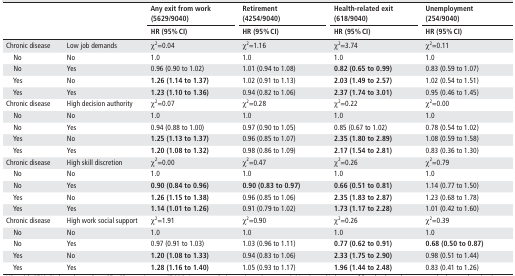
<table><thead><tr><td rowspan="2"></td><td rowspan="2"></td><td><b>Any exit from work (5629/9040)</b></td><td><b>Retirement (4254/9040)</b></td><td><b>Health-related exit (618/9040)</b></td><td><b>Unemployment (254/9040)</b></td></tr><tr><td><b>HR (95% CI)</b></td><td><b>HR (95% CI)</b></td><td><b>HR (95% CI)</b></td><td><b>HR (95% CI)</b></td></tr></thead><tbody><tr><td>Chronic disease</td><td>Low job demands</td><td>χ<sup>2</sup>=0.04</td><td>χ<sup>2</sup>=1.16</td><td>χ<sup>2</sup>=3.74</td><td>χ<sup>2</sup>=0.11</td></tr><tr><td> No</td><td>No</td><td>1.0</td><td>1.0</td><td>1.0</td><td>1.0</td></tr><tr><td> No</td><td>Yes</td><td>0.96 (0.90 to 1.02)</td><td>1.01 (0.94 to 1.08)</td><td><b>0.82 (0.65 to 0.99)</b></td><td>0.83 (0.59 to 1.07)</td></tr><tr><td> Yes</td><td>No</td><td><b>1.26 (1.14 to 1.37)</b></td><td>1.02 (0.91 to 1.13)</td><td><b>2.03 (1.49 to 2.57)</b></td><td>1.02 (0.54 to 1.51)</td></tr><tr><td> Yes</td><td>Yes</td><td><b>1.23 (1.10 to 1.36)</b></td><td>0.94 (0.82 to 1.06)</td><td><b>2.37 (1.74 to 3.01)</b></td><td>0.95 (0.46 to 1.45)</td></tr><tr><td>Chronic disease</td><td>High decision authority</td><td>χ<sup>2</sup>=0.07</td><td>χ<sup>2</sup>=0.28</td><td>χ<sup>2</sup>=0.22</td><td>χ<sup>2</sup>=0.00</td></tr><tr><td> No</td><td>No</td><td>1.0</td><td>1.0</td><td>1.0</td><td>1.0</td></tr><tr><td> No</td><td>Yes</td><td>0.94 (0.88 to 1.00)</td><td>0.97 (0.90 to 1.05)</td><td>0.85 (0.67 to 1.02)</td><td>0.78 (0.54 to 1.02)</td></tr><tr><td> Yes</td><td>No</td><td><b>1.25 (1.13 to 1.37)</b></td><td>0.96 (0.85 to 1.07)</td><td><b>2.35 (1.80 to 2.89)</b></td><td>1.08 (0.59 to 1.58)</td></tr><tr><td> Yes</td><td>Yes</td><td><b>1.20 (1.08 to 1.32)</b></td><td>0.98 (0.86 to 1.09)</td><td><b>2.17 (1.54 to 2.81)</b></td><td>0.83 (0.36 to 1.30)</td></tr><tr><td>Chronic disease</td><td>High skill discretion</td><td>χ<sup>2</sup>=0.00</td><td>χ<sup>2</sup>=0.47</td><td>χ<sup>2</sup>=0.26</td><td>χ<sup>2</sup>=0.79</td></tr><tr><td> No</td><td>No</td><td>1.0</td><td>1.0</td><td>1.0</td><td>1.0</td></tr><tr><td> No</td><td>Yes</td><td><b>0.90 (0.84 to 0.96)</b></td><td><b>0.90 (0.83 to 0.97)</b></td><td><b>0.66 (0.51 to 0.81)</b></td><td>1.14 (0.77 to 1.50)</td></tr><tr><td> Yes</td><td>No</td><td><b>1.26 (1.15 to 1.38)</b></td><td>0.96 (0.85 to 1.06)</td><td><b>2.35 (1.83 to 2.87)</b></td><td>1.23 (0.68 to 1.78)</td></tr><tr><td> Yes</td><td>Yes</td><td><b>1.14 (1.01 to 1.26)</b></td><td>0.91 (0.79 to 1.02)</td><td><b>1.73 (1.17 to 2.28)</b></td><td>1.01 (0.42 to 1.60)</td></tr><tr><td>Chronic disease</td><td>High work social support</td><td>χ<sup>2</sup>=1.91</td><td>χ<sup>2</sup>=0.90</td><td>χ<sup>2</sup>=0.26</td><td>χ<sup>2</sup>=0.39</td></tr><tr><td> No</td><td>No</td><td>1.0</td><td>1.0</td><td>1.0</td><td>1.0</td></tr><tr><td> No</td><td>Yes</td><td>0.97 (0.91 to 1.03)</td><td>1.03 (0.96 to 1.11)</td><td><b>0.77 (0.62 to 0.91)</b></td><td><b>0.68 (0.50 to 0.87)</b></td></tr><tr><td> Yes</td><td>No</td><td><b>1.20 (1.08 to 1.33)</b></td><td>0.94 (0.83 to 1.06)</td><td><b>2.33 (1.75 to 2.90)</b></td><td>0.98 (0.51 to 1.44)</td></tr><tr><td> Yes</td><td>Yes</td><td><b>1.28 (1.16 to 1.40)</b></td><td>1.05 (0.93 to 1.17)</td><td><b>1.96 (1.44 to 2.48)</b></td><td>0.83 (0.41 to 1.26)</td></tr></tbody></table>